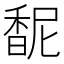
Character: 馜